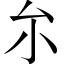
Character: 厼